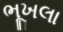
ભૂખલા